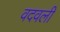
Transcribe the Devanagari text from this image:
वदवली